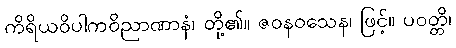
ကိရိယဝိပါကဝိညာဏာနံ၊ တို့၏။ ဇဝနဝသေန၊ ဖြင့်။ ပဝတ္တိ၊